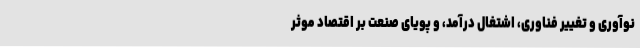
نوآوری و تغییر فناوری، اشتغال درآمد، و پویای صنعت بر اقتصاد موثر